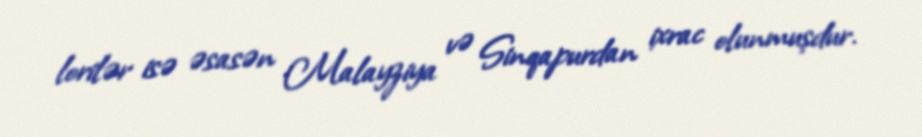
lorilər isə əsasən Malayziya və Sinqapurdan ixrac olunmuşdur.